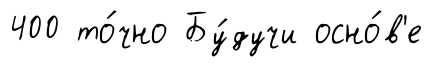
400 то́чно Бу́дучи осно́в'е